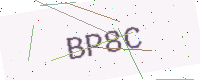
Text: BP8C